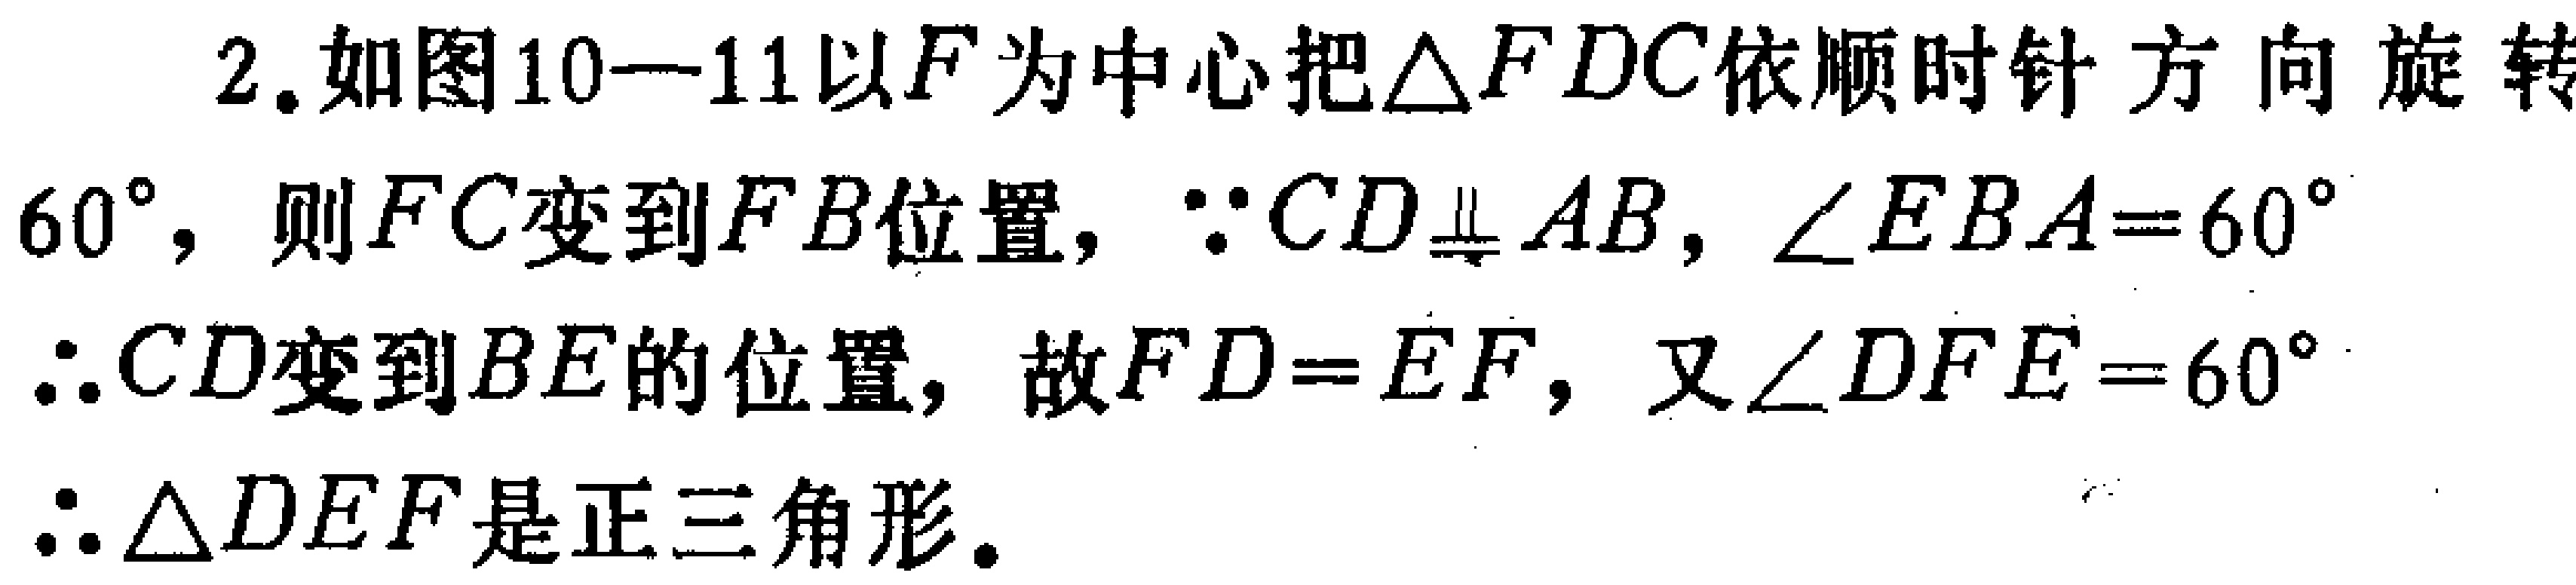
2. 如图10—11以\(F\)为中心把\(\triangle FDC\)依顺时针方向旋转\(60^{\circ}\)，则\(FC\)变到\(FB\)位置，\(\because CD\perp AB\)，\(\angle EBA = 60^{\circ}\)
\(\therefore CD\)变到\(BE\)的位置，故\(FD = EF\)，又\(\angle DFE = 60^{\circ}\)
\(\therefore \triangle DEF\)是正三角形。